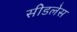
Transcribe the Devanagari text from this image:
सीडलेस